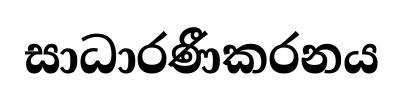
සාධාරණීකරනය